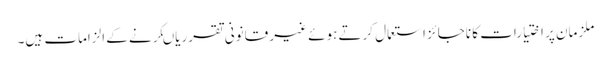
ملزمان پر اختیارات کا ناجائز استعمال کرتے ہوئے غیر قانونی تقرریاںکرنے کے الزامات ہیں۔